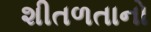
શીતળતાનો